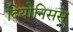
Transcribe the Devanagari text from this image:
दियोनिसस्